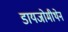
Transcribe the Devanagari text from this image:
डायजोमीथेन